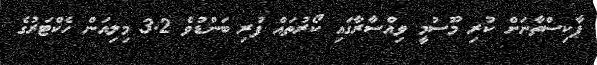
ޕާކިސްތާނަށް ކުރި މޫސުމީ ވިއްސާރާގައި ކޯރުތައް ފުރި ބަންޑުވެ 3.2 މިލިއަން ހެކްޓަރުގެ